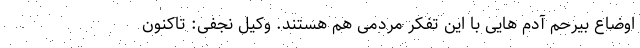
اوضاع بیرحم آدم هایی با این تفکر مردمی هم هستند. وکیل نجفی: تاکنون